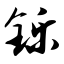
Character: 铄